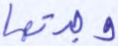
وجدتها